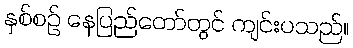
နှစ်စဉ် နေပြည်တော်တွင် ကျင်းပသည်။